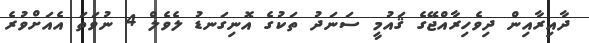
ދާއިރާއިން ދިވެހިރާއްޖޭގެ ޤައުމީ ސަނަދު ތަކުގެ އޮނިގަނޑު ލެވެލް 4 ނުވަތަ އެއަށްވުރެ